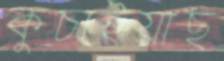
কুচাইয়াছ